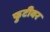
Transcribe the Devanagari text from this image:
फुटीवर